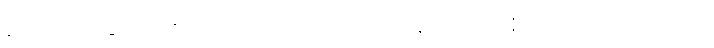
အောက်မေ့ခြင်းသတိတည်းဟူသောအကြောင်းသည်။ သတိ၊ ရှိသော်။ တတြ တတြေဝ၊